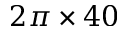
2 \pi \times 4 0